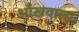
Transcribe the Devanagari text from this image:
आँखवाला